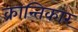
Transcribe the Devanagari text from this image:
क्रान्तिकार